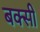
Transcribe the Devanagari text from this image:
बक्सी